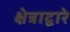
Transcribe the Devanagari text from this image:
क्षेत्राद्वारे